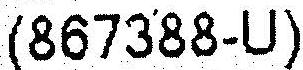
(867388-U)